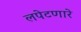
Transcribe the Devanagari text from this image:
लपेटणारे